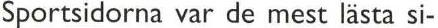
Sportsidorna var de mest lästa si-